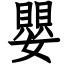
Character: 嬰